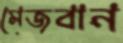
মেজবান